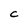
Character: C